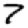
Digit: 7